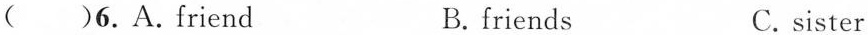
( )6.A.Friend B.friends C.sister